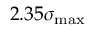
2 . 3 5 \sigma _ { \mathrm { m a x } }